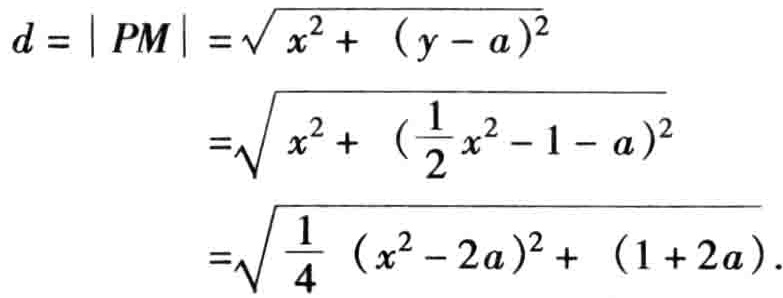
\[
\begin{align*}
d = | PM | &=\sqrt{ x^{2} +  (y - a)^{2}}\\
&=\sqrt{ x^{2} +  (\frac{1}{2}x^{2} - 1 - a)^{2}}\\
&=\sqrt{ \frac{1}{4}  (x^{2} - 2a)^{2} +  (1 + 2a)}.
\end{align*}
\]